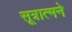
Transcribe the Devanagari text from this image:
सूत्रात्मने